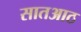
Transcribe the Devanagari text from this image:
सातआठ